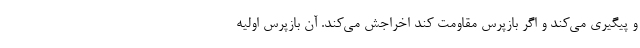
و پیگیری می‌کند و اگر بازپرس مقاومت کند اخراجش می‌کند. آن بازپرس اولیه